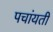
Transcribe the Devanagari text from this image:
पचांयती